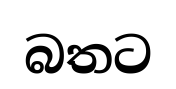
බතට